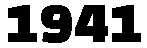
1941